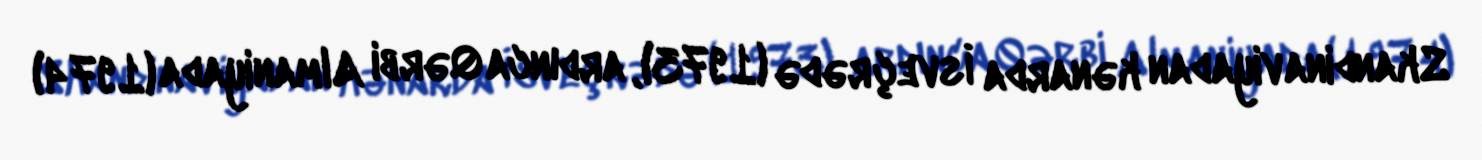
Skandinaviyadan kənarda İsveçrədə (1973), ardınca Qərbi Almaniyada (1974)